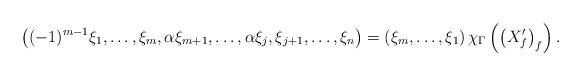
LaTeX: \begin{align*}\left((-1)^{m-1}\xi_1,\dots, \xi_m, \alpha\xi_{m+1},\dots, \alpha\xi_j, \xi_{j+1},\dots, \xi_n\right)=\left(\xi_m,\dots, \xi_1\right)\chi_\Gamma\left(\left(X'_f\right)_f\right).\end{align*}